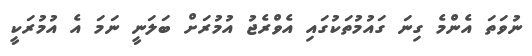
ނުވަތަ އެންމެ ގިނަ ގައުމުތަކުގައި އެވްރެޖު އުމުރަށް ބަލަނީ ނަމަ އެ އުމުރަކީ